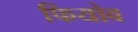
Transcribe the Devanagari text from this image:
फियोव